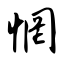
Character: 惘